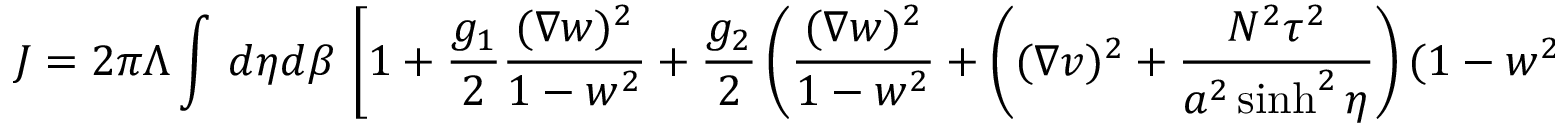
J = 2 \pi \Lambda \int \, d \eta d \beta \, \left[ 1 + \frac { g _ { 1 } } { 2 } \frac { ( \nabla w ) ^ { 2 } } { 1 - w ^ { 2 } } + \frac { g _ { 2 } } { 2 } \left( \frac { ( \nabla w ) ^ { 2 } } { 1 - w ^ { 2 } } + \left( ( \nabla v ) ^ { 2 } + \frac { N ^ { 2 } \tau ^ { 2 } } { a ^ { 2 } \sinh ^ { 2 } \eta } \right) ( 1 - w ^ { 2 } ) \right) \right] ( 1 - w ^ { 2 } ) \, .